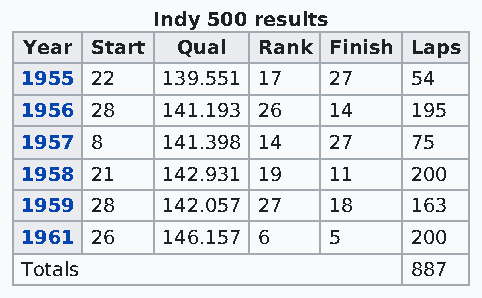
Indy 500 results
 Year Start Qual Rank Finish Laps
 1955 22   139.551 17 27   54
 1956 28   141.193 26 14   195
 1957 8    141.398 14 27   75
 1958 21   142.931 19 11   200
 1959 28   142.057 27 18   163
 1961 26   146.157 6  5    200
 Totals                    887